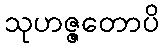
သုဟဇ္ဇတောပိ